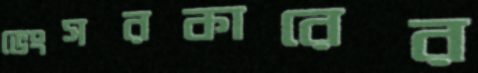
ভেংসরকারের